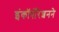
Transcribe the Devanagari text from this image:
इंकॉर्पोरेशनने